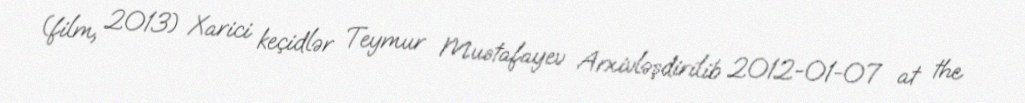
(film, 2013) Xarici keçidlər Teymur Mustafayev Arxivləşdirilib 2012-01-07 at the